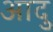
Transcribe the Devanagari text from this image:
आदु